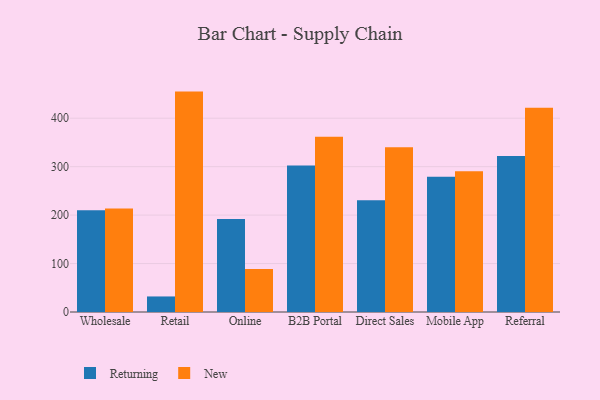
{"axis": {"x": "Channel", "y": "Population (Million)"}, "legend": ["New", "Returning"], "data": [{"x": "Wholesale", "y": 209.9, "type": "Returning"}, {"x": "Wholesale", "y": 213.8, "type": "New"}, {"x": "Retail", "y": 32.1, "type": "Returning"}, {"x": "Retail", "y": 454.9, "type": "New"}, {"x": "Online", "y": 191.9, "type": "Returning"}, {"x": "Online", "y": 89.0, "type": "New"}, {"x": "B2B Portal", "y": 302.5, "type": "Returning"}, {"x": "B2B Portal", "y": 361.5, "type": "New"}, {"x": "Direct Sales", "y": 230.7, "type": "Returning"}, {"x": "Direct Sales", "y": 339.8, "type": "New"}, {"x": "Mobile App", "y": 279.1, "type": "Returning"}, {"x": "Mobile App", "y": 290.6, "type": "New"}, {"x": "Referral", "y": 321.9, "type": "Returning"}, {"x": "Referral", "y": 421.7, "type": "New"}]}